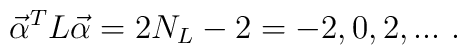
{\vec \alpha}^TL{\vec\alpha}=2N_L-2=-2,0, 2, ... \ .